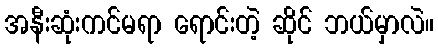
အနီးဆုံးကင်မရာ ရောင်းတဲ့ ဆိုင် ဘယ်မှာလဲ။